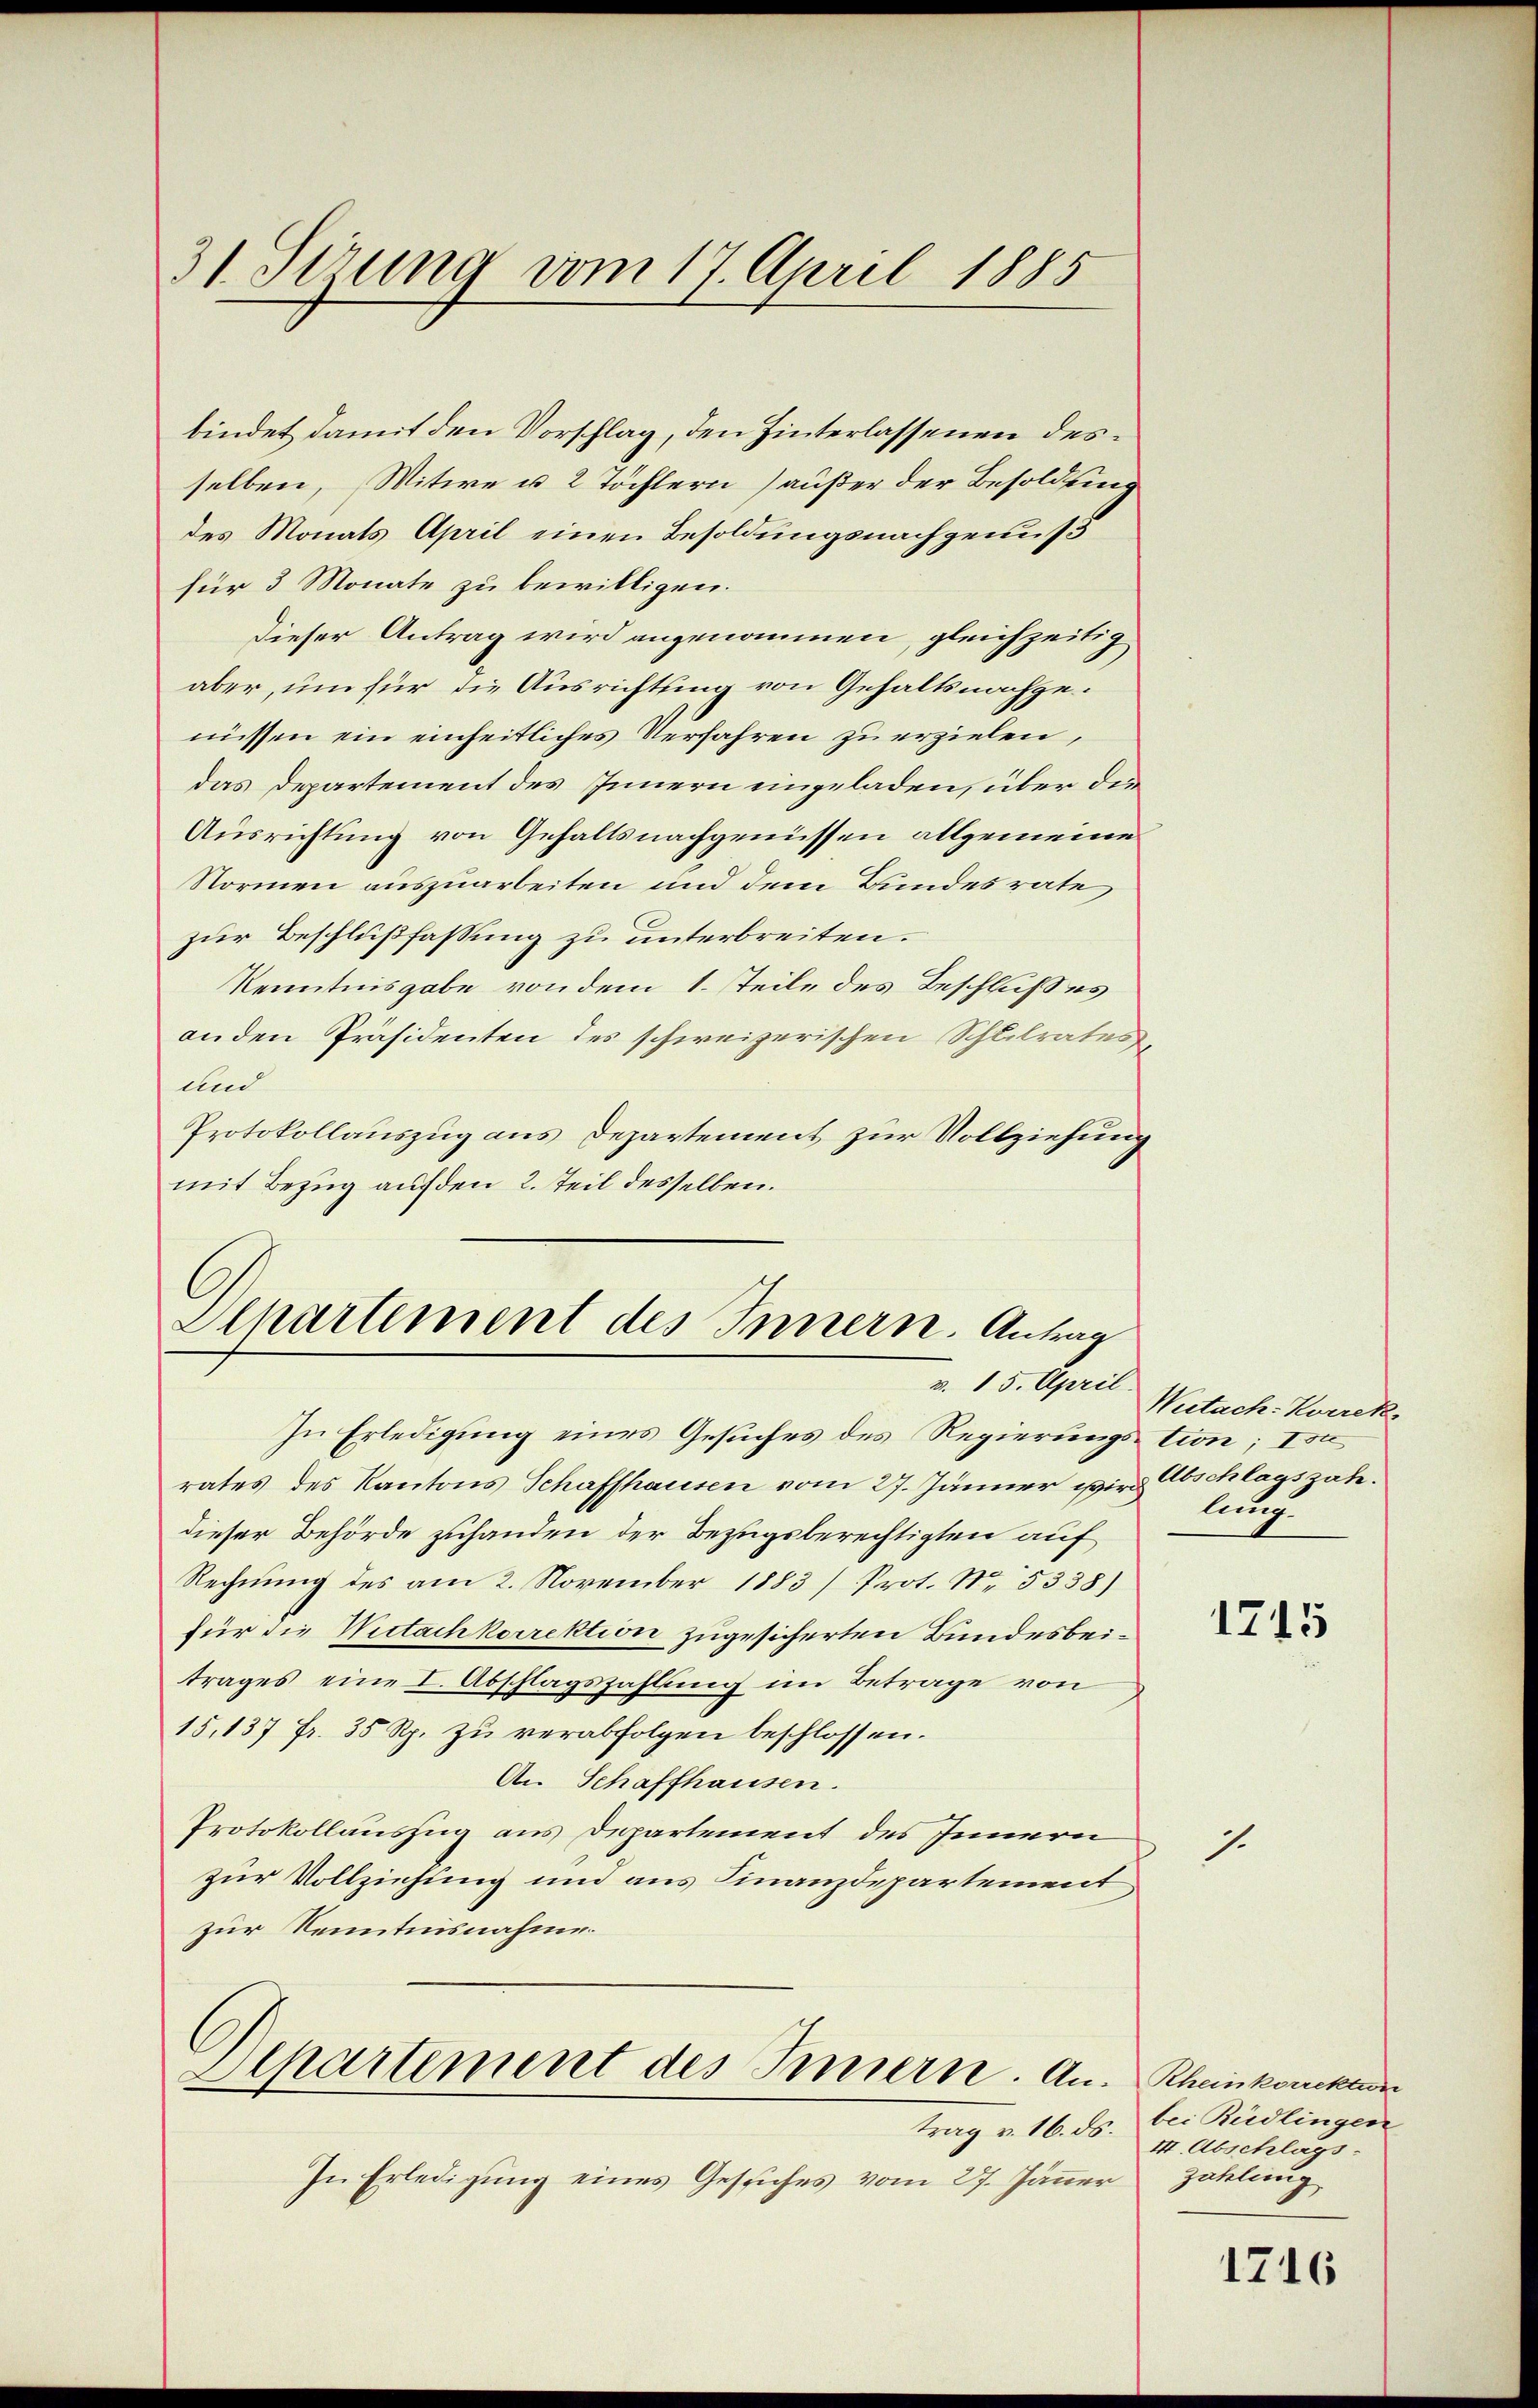
31 Verung vom 17. April 1885

bindet damit den Vorschlag, den Hinterlassenen desselben, Witwe u. 2 Töchtern außer der Besoldung
des Monats April einen Besoldungsnachgenuß
für 3 Monate zu bewilligen.
Dieser Antrag wird angenommen, gleichzeitig
aber, um für die Ausrichtung von Gehaltsnachgenissen ein einheitliches Verfahren zu erzielen,
das Departement des Innern eingeladen, über die
Ausrichtung von Gehaltsnachgenüssen allgemeine
Normen auszuarbeiten und dem Bundesrate
zur Beschlußfassung zu unterbreiten.
KKenntnisgabe von dem 1. Teile des Beschlußes
an den Präsidenten des schweizerischen Schlilrates,
und
Protokollauszug aus Departement zur Vollziehung
mit Bezug auf den 2. Teil desselben.

Apartement des Innern. Antrag
v. 15. April.

In Erledigung eines Gesuches des Regierungstion; Ida
rates des Kantons Schaffhausen vom 27. Jänner wir Abschlagszahdieser Behörde zuhanden der Bezugsberechtigten auf
Rechnung des am 2. November 1883) Prot. N. 5338)
für die Mitachkorrektion zugesicherten Bundesbeitrages eine I. Abschlagszahlung im Betrage von
15,137 Fr. 35 Rp. zu verabfolgen beschlossen.
An Schaffhausen.
Protokollauszug aus Departement des Innern
zur Vollziehung und aus Finanzdepartement
zur Kenntnisnahme.

Departement des Innern. An¬

trag v. 16. ds.
In Erledigung eines Gesiches vom 27. Jänner

Witach: Korrek
lung

1715

1

Rheinkorrektion
bei Rüdlingen
III. Abschlags:
Zahlung

1716